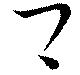
卿